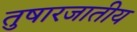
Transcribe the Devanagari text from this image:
तुषारजातीय